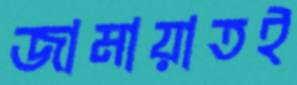
জামায়াতই